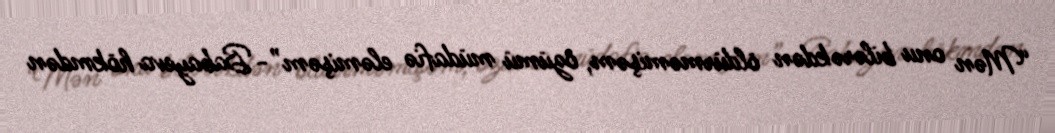
“Mən onu bilərəkdən öldürməmişəm, özümü müdafiə eləmişəm”- Babayeva hökmdən